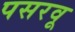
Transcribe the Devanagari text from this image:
पसरवू